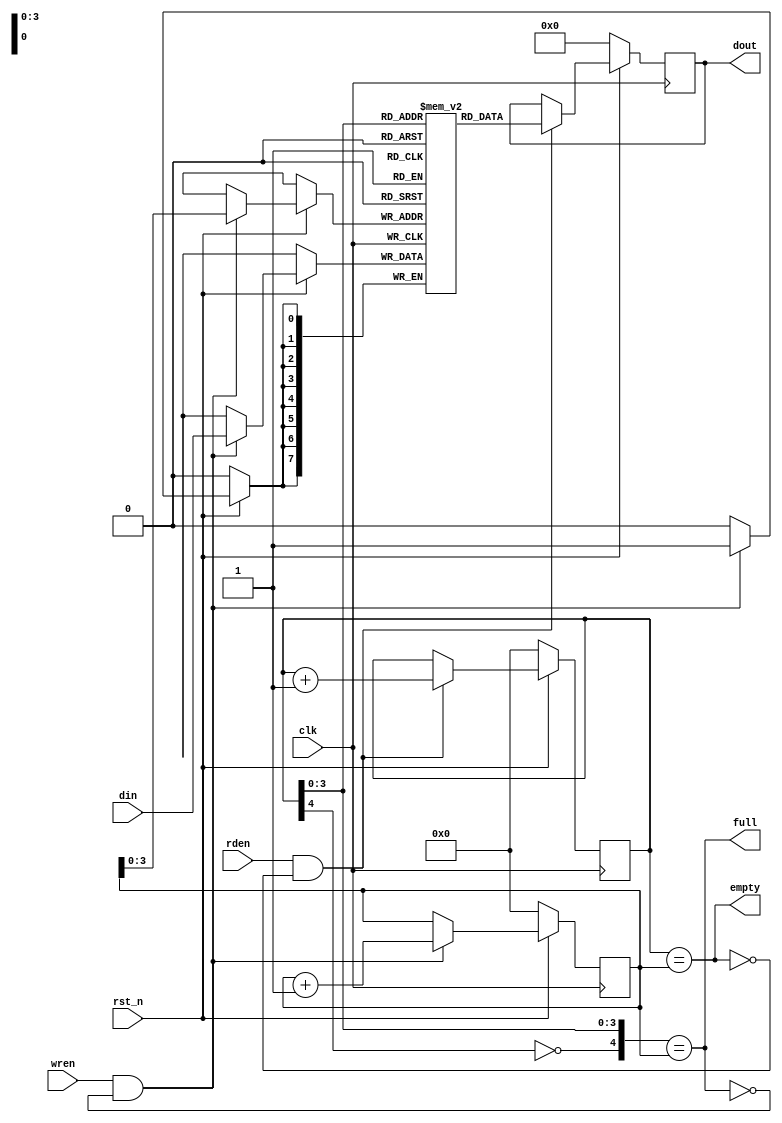
`timescale 1ns / 1ps

module fifo #
	(
		parameter FF_DEPTH = 16,
		parameter FF_WIDTH = 8
	)
	(
		input clk,
		input rst_n,
		// Read FIFO
		input rden,
		output reg [FF_WIDTH-1 : 0] dout,
		output empty,
		// Write FIFO
		input wren,
		input [FF_WIDTH-1 : 0] din,
		output full
	);

	localparam FF_ADDR_W = $clog2(FF_DEPTH);
	
	reg [FF_WIDTH-1 : 0] mem [FF_DEPTH-1 : 0];
	reg [FF_ADDR_W : 0] rdptr;
	reg [FF_ADDR_W : 0] wrptr;
	
	assign empty = (rdptr == wrptr);
	assign full = ({!rdptr[FF_ADDR_W],rdptr[FF_ADDR_W-1:0]} == wrptr);
	assign ff_size = wrptr - rdptr;

	always @(posedge clk) begin
        if (!rst_n)
            wrptr <= {(FF_ADDR_W+1){1'b0}};
        else begin
            if (wren && !full) begin
                mem[wrptr[FF_ADDR_W-1 : 0]] <= din;
                wrptr <= wrptr + 1;
            end
        end
	end

    always @(posedge clk) begin
        if (!rst_n) begin
            rdptr <= {(FF_ADDR_W+1){1'b0}};
            dout <= {FF_WIDTH{1'b0}};
        end
        else begin
            if (rden && !empty) begin
                dout <= mem[rdptr[FF_ADDR_W-1 : 0]];
                rdptr <= rdptr + 1;
            end
        end
    end
endmodule